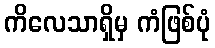
ကိလေသာရှိမှ ကံဖြစ်ပုံ